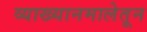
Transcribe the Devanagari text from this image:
व्याख्यानमालेतून